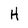
Character: H